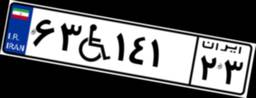
۶۳W۱۴۱۲۳